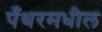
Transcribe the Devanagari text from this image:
पँथरमधील